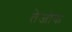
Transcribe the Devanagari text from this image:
तेजोक